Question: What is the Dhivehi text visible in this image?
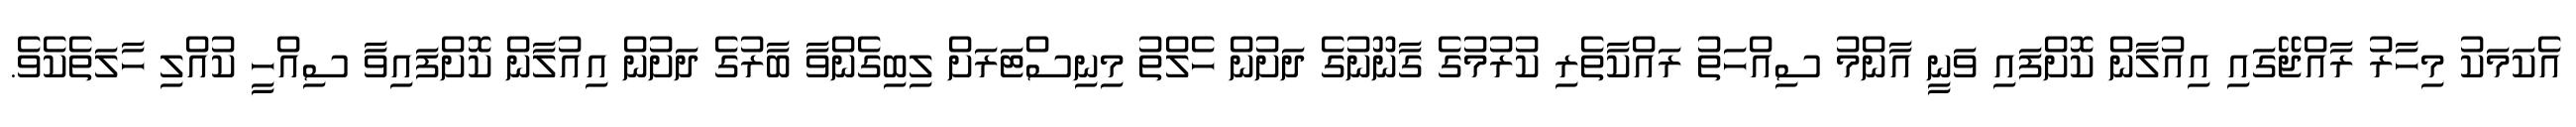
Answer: އެކަމަކު މިހާރު ރާއްޖޭގައި އިއުލާން ކޮށްފައި ވަނީ އާންމު ސިއްހަތު ރައްކާތެރި ކުރުމުގެ ގާނޫނުގެ ދަށުން ހެލްތު މިނިސްޓަރަށް ލިބިގެންވާ ބާރުގެ ދަށުން އިއުލާން ކޮށްފައިވާ ސިއްހީ ކުއްލި ހާލަތެކެވެ.